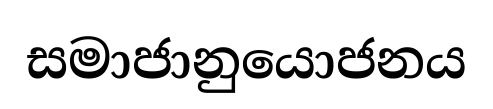
සමාජානුයොජනය